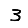
Digit: 3